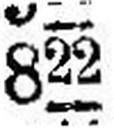
822